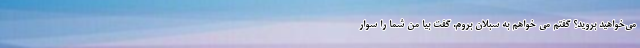
می‌خواهید بروید؟ گفتم می خواهم به سبلان بروم. گفت بیا من شما را سوار